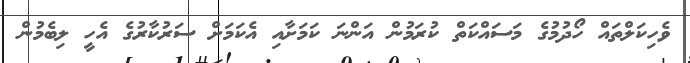
ވެހިކަލްތައް ހޯދުމުގެ މަސައްކަތް ކުރަމުން އަންނަ ކަމަށާއި އެކަމަށް ސަރުކާރުގެ އެހީ ލިބެމުން